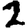
Digit: 2